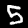
Digit: 5